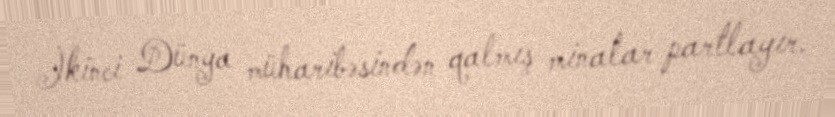
İkinci Dünya müharibəsindən qalmış minalar partlayır.